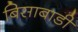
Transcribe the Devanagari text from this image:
बिसाबाडी